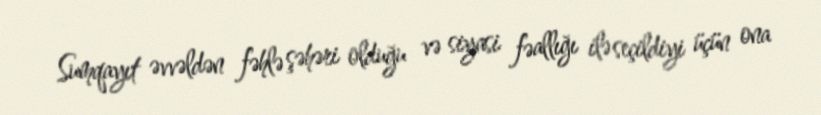
Sumqayıt əvvəldən fəhlə şəhəri olduğu və siyasi fəallığı ilə seçildiyi üçün ona